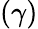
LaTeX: (\gamma)